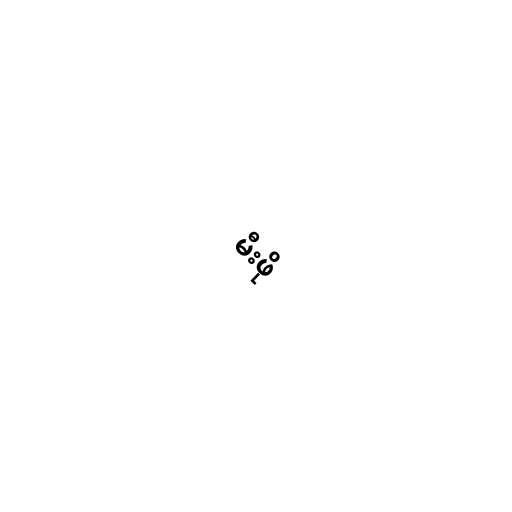
မီးဖို